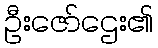
ဦးဇော်ဌေး၏